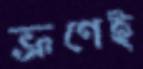
ভ্রূণেই